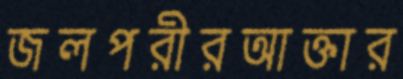
জলপরীরআক্তার